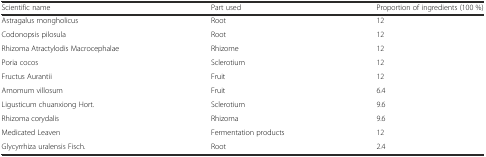
<table><thead><tr><td><b>Scientific name</b></td><td><b>Part used</b></td><td><b>Proportion of ingredients (100 %)</b></td></tr></thead><tbody><tr><td>Astragalus mongholicus</td><td>Root</td><td>12</td></tr><tr><td>Codonopsis pilosula</td><td>Root</td><td>12</td></tr><tr><td>Rhizoma Atractylodis Macrocephalae</td><td>Rhizome</td><td>12</td></tr><tr><td>Poria cocos</td><td>Sclerotium</td><td>12</td></tr><tr><td>Fructus Aurantii</td><td>Fruit</td><td>12</td></tr><tr><td>Amomum villosum</td><td>Fruit</td><td>6.4</td></tr><tr><td>Ligusticum chuanxiong Hort.</td><td>Sclerotium</td><td>9.6</td></tr><tr><td>Rhizoma corydalis</td><td>Rhizoma</td><td>9.6</td></tr><tr><td>Medicated Leaven</td><td>Fermentation products</td><td>12</td></tr><tr><td>Glycyrrhiza uralensis Fisch.</td><td>Root</td><td>2.4</td></tr></tbody></table>